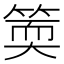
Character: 𥯬